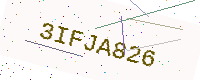
Text: 3IFJA826